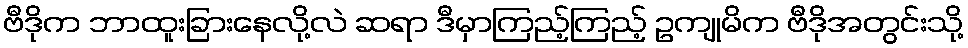
ဗီဒိုက ဘာထူးခြားနေလို့လဲ ဆရာ ဒီမှာကြည့်ကြည့် ဥကျုမိက ဗီဒိုအတွင်းသို့